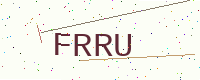
Text: FRRU